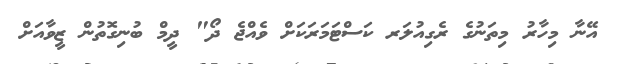
އޭނާ މިހާރު މިތަނުގެ ރެގިއުލަރ ކަސްޓަމަރަކަށް ވެއްޖެ ދޯ" ދީމް ބުނިގޮތުން ޒީވާއަށް